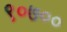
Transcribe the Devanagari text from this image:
९०७००